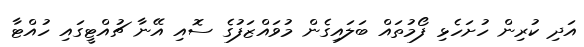
އަދި ކުރިން ހުށަހެޅި ފޯމުތައް ބަލައިގެން މުވައްޒަފުގެ ސޮއި އޭނާ ޗުއްޓީގައި ހުއްޓާ